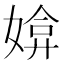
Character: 媕